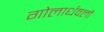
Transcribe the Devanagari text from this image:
गोलार्धवलों